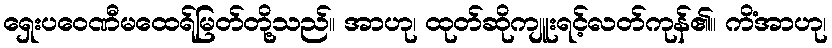
ရှေးပဝေဏီမထေရ်မြတ်တို့သည်။ အာဟု၊ ထုတ်ဆိုကျူးရင့်လတ်ကုန်၏။ ကိံအာဟု၊